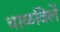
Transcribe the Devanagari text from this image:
चाळविलें